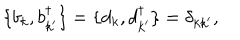
LaTeX: \{ b _ { k } , b _ { k ^ { \prime } } ^ { \dagger } \} = \{ d _ { k } , d _ { k ^ { \prime } } ^ { \dagger } \} = \delta _ { k k ^ { \prime } } ,